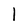
Character: I